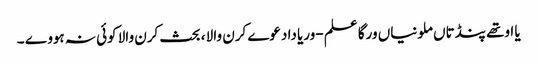
یا اوتھے پنڈتاں ملونیاں ورگا علم -وریا دا دعوے کرن والا ، بحث کرن والا کوئی نہ ہووے ۔